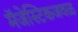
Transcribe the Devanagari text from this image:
मॅजेस्टिकजवळ